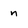
Character: n